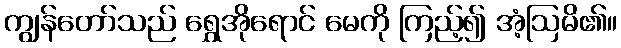
ကျွန်တော်သည် ရွှေအိုရောင် မေကို ကြည့်၍ အံ့ဩမိ၏။